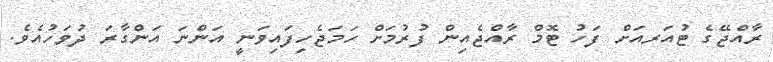
ރާއްޖޭގެ ޓުއަރއަށް ފަހު ޓޮމް ރާއްޖެއިން ފުރުމަށް ހަމަޖެހިފައިވަނީ އަންނަ އަންގާރަ ދުވަހުއެވެ.